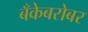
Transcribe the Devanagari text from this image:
बँकेबरोबर